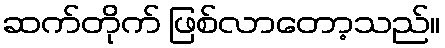
ဆက်တိုက် ဖြစ်လာတော့သည်။